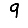
Digit: 9